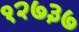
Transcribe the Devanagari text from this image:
१२७३७